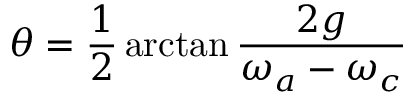
\theta = \frac { 1 } { 2 } \arctan \frac { 2 g } { \omega _ { a } - \omega _ { c } }